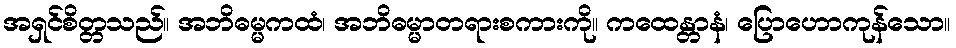
အရှင်စိတ္တသည်။ အဘိဓမ္မကထံ၊ အဘိဓမ္မာတရားစကားကို။ ကထေန္တာနံ၊ ပြောဟောကုန်သော။